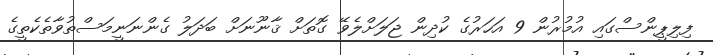
ފިލިޕީންސްގައި އުމުރުން 9 އަހަރުގެ ކުދިން ޖަލަށްލެވޭ ގޮތަށް ޤާނޫނަށް ބަދަލު ގެންނަނީމަސްތުވާތެކެތީގެ